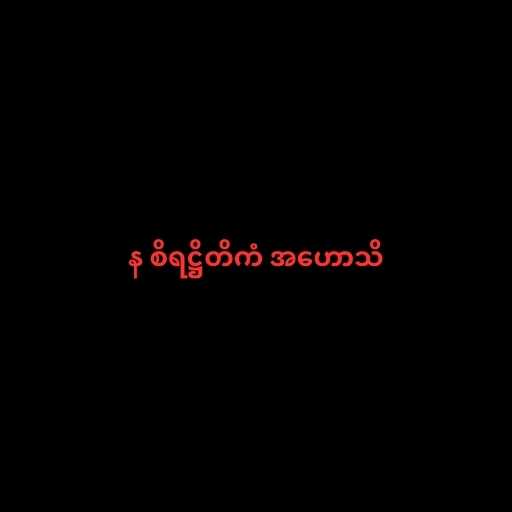
န စိရဋ္ဌိတိကံ အဟောသိ